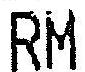
RM